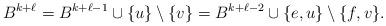
LaTeX: \begin{align*}B^{k+\ell} = B^{k+\ell-1} \cup \{ u \} \setminus \{ v \}= B^{k+\ell-2} \cup \{ e,u \} \setminus \{ f,v \}. \end{align*}